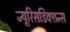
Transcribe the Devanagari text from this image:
ज्यूरिसडिक्शन्स